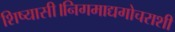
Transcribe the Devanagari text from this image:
शिष्यासी।निगमाद्यगोचराशी